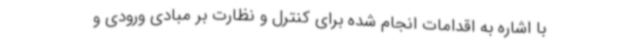
با اشاره به اقدامات انجام شده برای کنترل و نظارت بر مبادی ورودی و